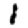
Digit: 1